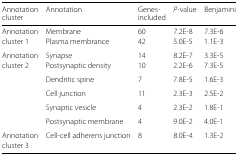
<table><thead><tr><td><b>Annotation</b></td><td><b>Annotation</b></td><td><b>Genes-</b></td><td><b><i>P</i>-value</b></td><td><b>Benjamini</b></td></tr><tr><td><b>cluster</b></td><td></td><td><b>included</b></td><td></td><td></td></tr></thead><tbody><tr><td>Annotation</td><td>Membrane</td><td>60</td><td>7.2E-8</td><td>7.3E-6</td></tr><tr><td>cluster 1</td><td>Plasma membrance</td><td>42</td><td>5.0E-5</td><td>1.1E-3</td></tr><tr><td>Annotation</td><td>Synapse</td><td>14</td><td>8.2E-7</td><td>3.3E-5</td></tr><tr><td>cluster 2</td><td>Postsynaptic density</td><td>10</td><td>2.2E-6</td><td>7.3E-5</td></tr><tr><td></td><td>Dendritic spine</td><td>7</td><td>7.8E-5</td><td>1.6E-3</td></tr><tr><td></td><td>Cell junction</td><td>11</td><td>2.3E-3</td><td>2.5E-2</td></tr><tr><td></td><td>Synaptic vesicle</td><td>4</td><td>2.3E-2</td><td>1.8E-1</td></tr><tr><td></td><td>Postsynaptic membrane</td><td>4</td><td>9.0E-2</td><td>4.0E-1</td></tr><tr><td>Annotation</td><td>Cell-cell adherens junction</td><td>8</td><td>8.0E-4</td><td>1.3E-2</td></tr><tr><td>cluster 3</td><td></td><td></td><td></td><td></td></tr></tbody></table>